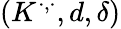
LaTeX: (K^{\cdot,\cdot},d,\delta)